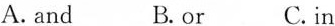
A.and B.or C. in